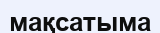
мақсатыма